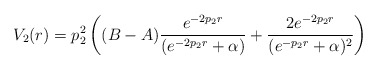
\begin{align*}V_2(r)=p_2^2\left((B-A)\frac{e^{-2p_2r}}{(e^{-2p_2r}+\alpha)}+\frac{2e^{-2p_2r}}{(e^{-p_2r}+\alpha)^2}\right)\end{align*}